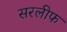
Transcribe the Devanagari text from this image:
सरलीफ